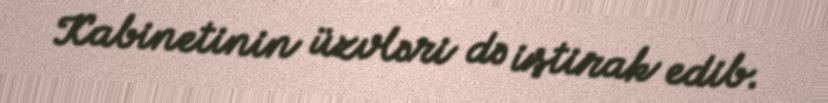
Kabinetinin üzvləri də iştirak edib.